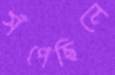
সঁপেছিলে